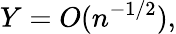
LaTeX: Y=O(n^{-1/2}),